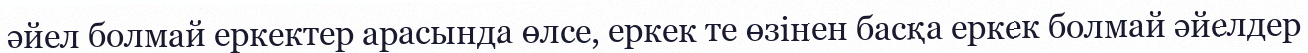
әйел болмай еркектер арасында өлсе, еркек те өзінен басқа еркек болмай әйелдер